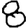
Digit: 8